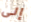
إلى